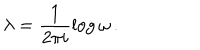
LaTeX: \lambda = \frac { 1 } { 2 \pi i } \log { \omega } \, .